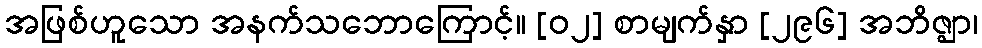
အဖြစ်ဟူသော အနက်သဘောကြောင့်။ [၀၂] စာမျက်နှာ [၂၉၆] အဘိဇ္ဈာ၊